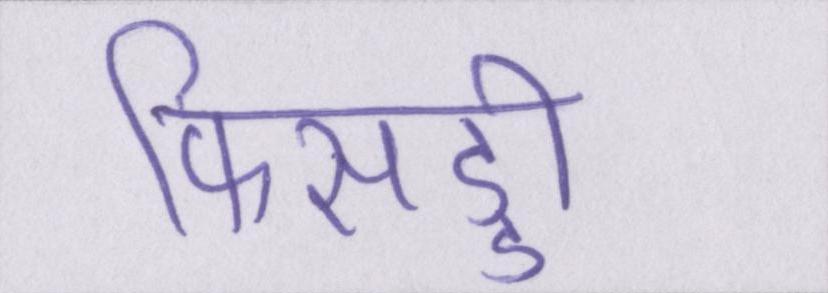
फिसड्डी